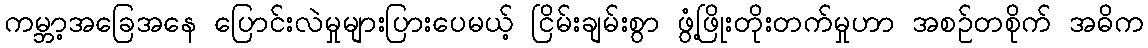
ကမ္ဘာ့အခြေအနေ ပြောင်းလဲမှုများပြားပေမယ့် ငြိမ်းချမ်းစွာ ဖွံ့ဖြိုးတိုးတက်မှုဟာ အစဉ်တစိုက် အဓိက